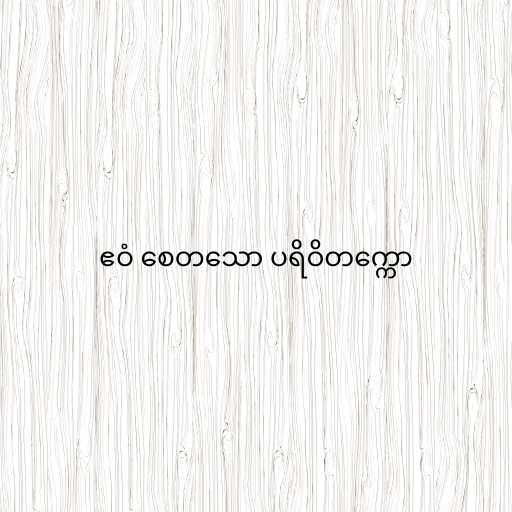
ဧဝံ စေတသော ပရိဝိတက္ကော